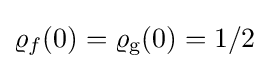
\varrho _{f}(0)=\varrho _{\text{g}}(0)=1/2